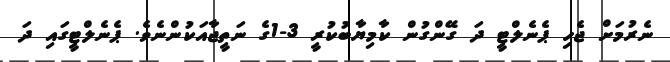
ނެރުމަށް ޖެހި ޕެނެލްޓީ ދަ ގޭންގުން ކާމިޔާބުކުރީ 3-1ގެ ނަތީޖާއަކުންނެވެ. ޕެނެލްޓީގައި ދަ